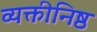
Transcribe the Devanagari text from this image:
व्यक्तीनिष्ठ